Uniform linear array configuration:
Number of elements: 8
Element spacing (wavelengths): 1
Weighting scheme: hamming
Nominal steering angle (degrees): -45
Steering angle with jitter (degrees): -46.136
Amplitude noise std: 0.05
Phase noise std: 0.05

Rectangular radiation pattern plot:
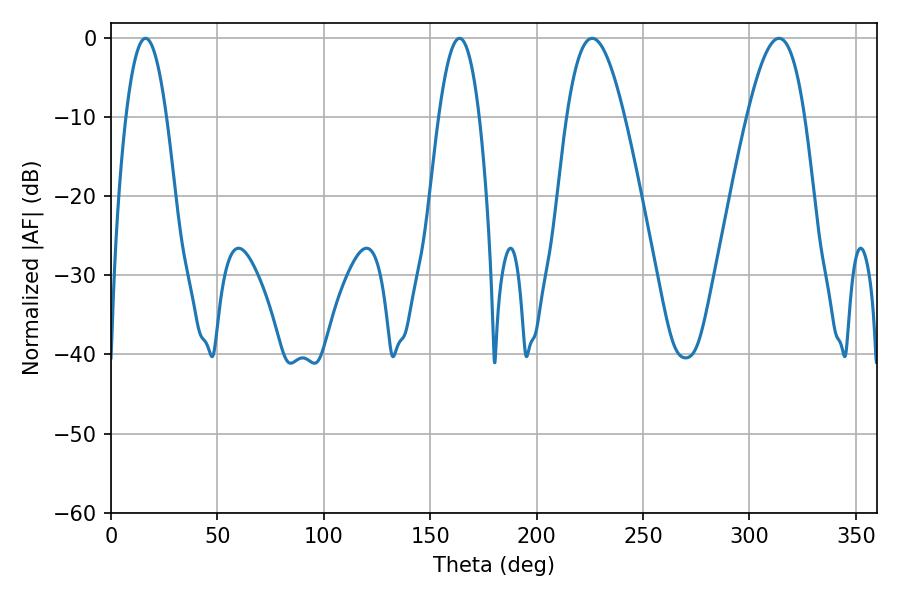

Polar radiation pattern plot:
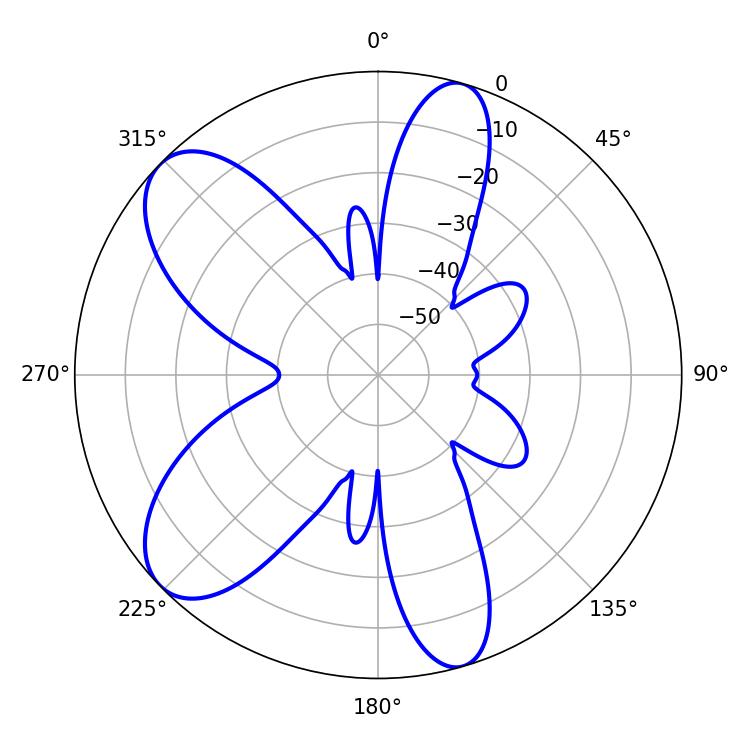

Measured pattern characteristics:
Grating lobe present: TRUE
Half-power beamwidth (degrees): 14.76
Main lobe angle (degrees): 226.08